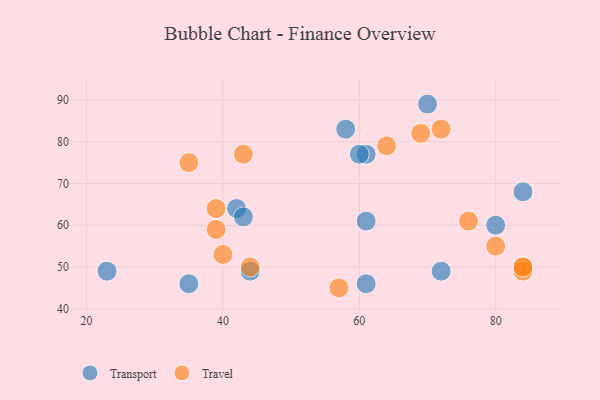
{"axis": {"x": "GDP", "y": "Life Expectancy"}, "legend": ["Transport", "Travel"], "data": [{"x": "58", "y": 83, "type": "Transport"}, {"x": "42", "y": 64, "type": "Transport"}, {"x": "61", "y": 77, "type": "Transport"}, {"x": "61", "y": 61, "type": "Transport"}, {"x": "84", "y": 68, "type": "Transport"}, {"x": "72", "y": 49, "type": "Transport"}, {"x": "43", "y": 62, "type": "Transport"}, {"x": "60", "y": 77, "type": "Transport"}, {"x": "23", "y": 49, "type": "Transport"}, {"x": "80", "y": 60, "type": "Transport"}, {"x": "61", "y": 46, "type": "Transport"}, {"x": "35", "y": 46, "type": "Transport"}, {"x": "44", "y": 49, "type": "Transport"}, {"x": "70", "y": 89, "type": "Transport"}, {"x": "84", "y": 50, "type": "Travel"}, {"x": "39", "y": 64, "type": "Travel"}, {"x": "69", "y": 82, "type": "Travel"}, {"x": "44", "y": 50, "type": "Travel"}, {"x": "84", "y": 49, "type": "Travel"}, {"x": "39", "y": 59, "type": "Travel"}, {"x": "72", "y": 83, "type": "Travel"}, {"x": "35", "y": 75, "type": "Travel"}, {"x": "64", "y": 79, "type": "Travel"}, {"x": "84", "y": 50, "type": "Travel"}, {"x": "43", "y": 77, "type": "Travel"}, {"x": "76", "y": 61, "type": "Travel"}, {"x": "80", "y": 55, "type": "Travel"}, {"x": "40", "y": 53, "type": "Travel"}, {"x": "57", "y": 45, "type": "Travel"}]}